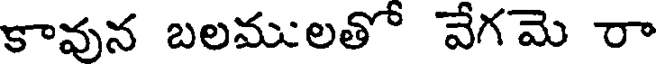
కావున బలములతో వేగమె రా